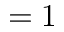
= 1